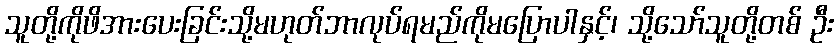
သူတို့ကိုဖိအားပေးခြင်းသို့မဟုတ်ဘာလုပ်ရမည်ကိုမပြောပါနှင့်၊ သို့သော်သူတို့တစ် ဦး